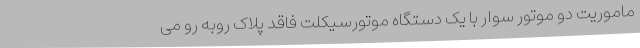
ماموریت دو موتور سوار با یک دستگاه موتورسیکلت فاقد پلاک روبه رو می